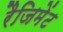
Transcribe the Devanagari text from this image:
रैजिमेंट